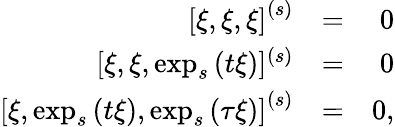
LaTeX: \begin{array}{rlr}{\left[\xi,\xi,\xi\right]^{\left(s\right)}}&{=}&{0}\\ {\lbrack\xi,\xi,\exp_{s}\left(t\xi\right)]^{\left(s\right)}}&{=}&{0}\\ {\left[\xi,\exp_{s}\left(t\xi\right),\exp_{s}\left(\tau\xi\right)\right]^{\left(s\right)}}&{=}&{0,}\end{array}